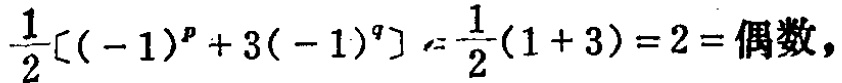
$\frac{1}{2}[(-1)^{p}+3(-1)^{q}]=\frac{1}{2}(1 + 3)=2=\text{偶数},$